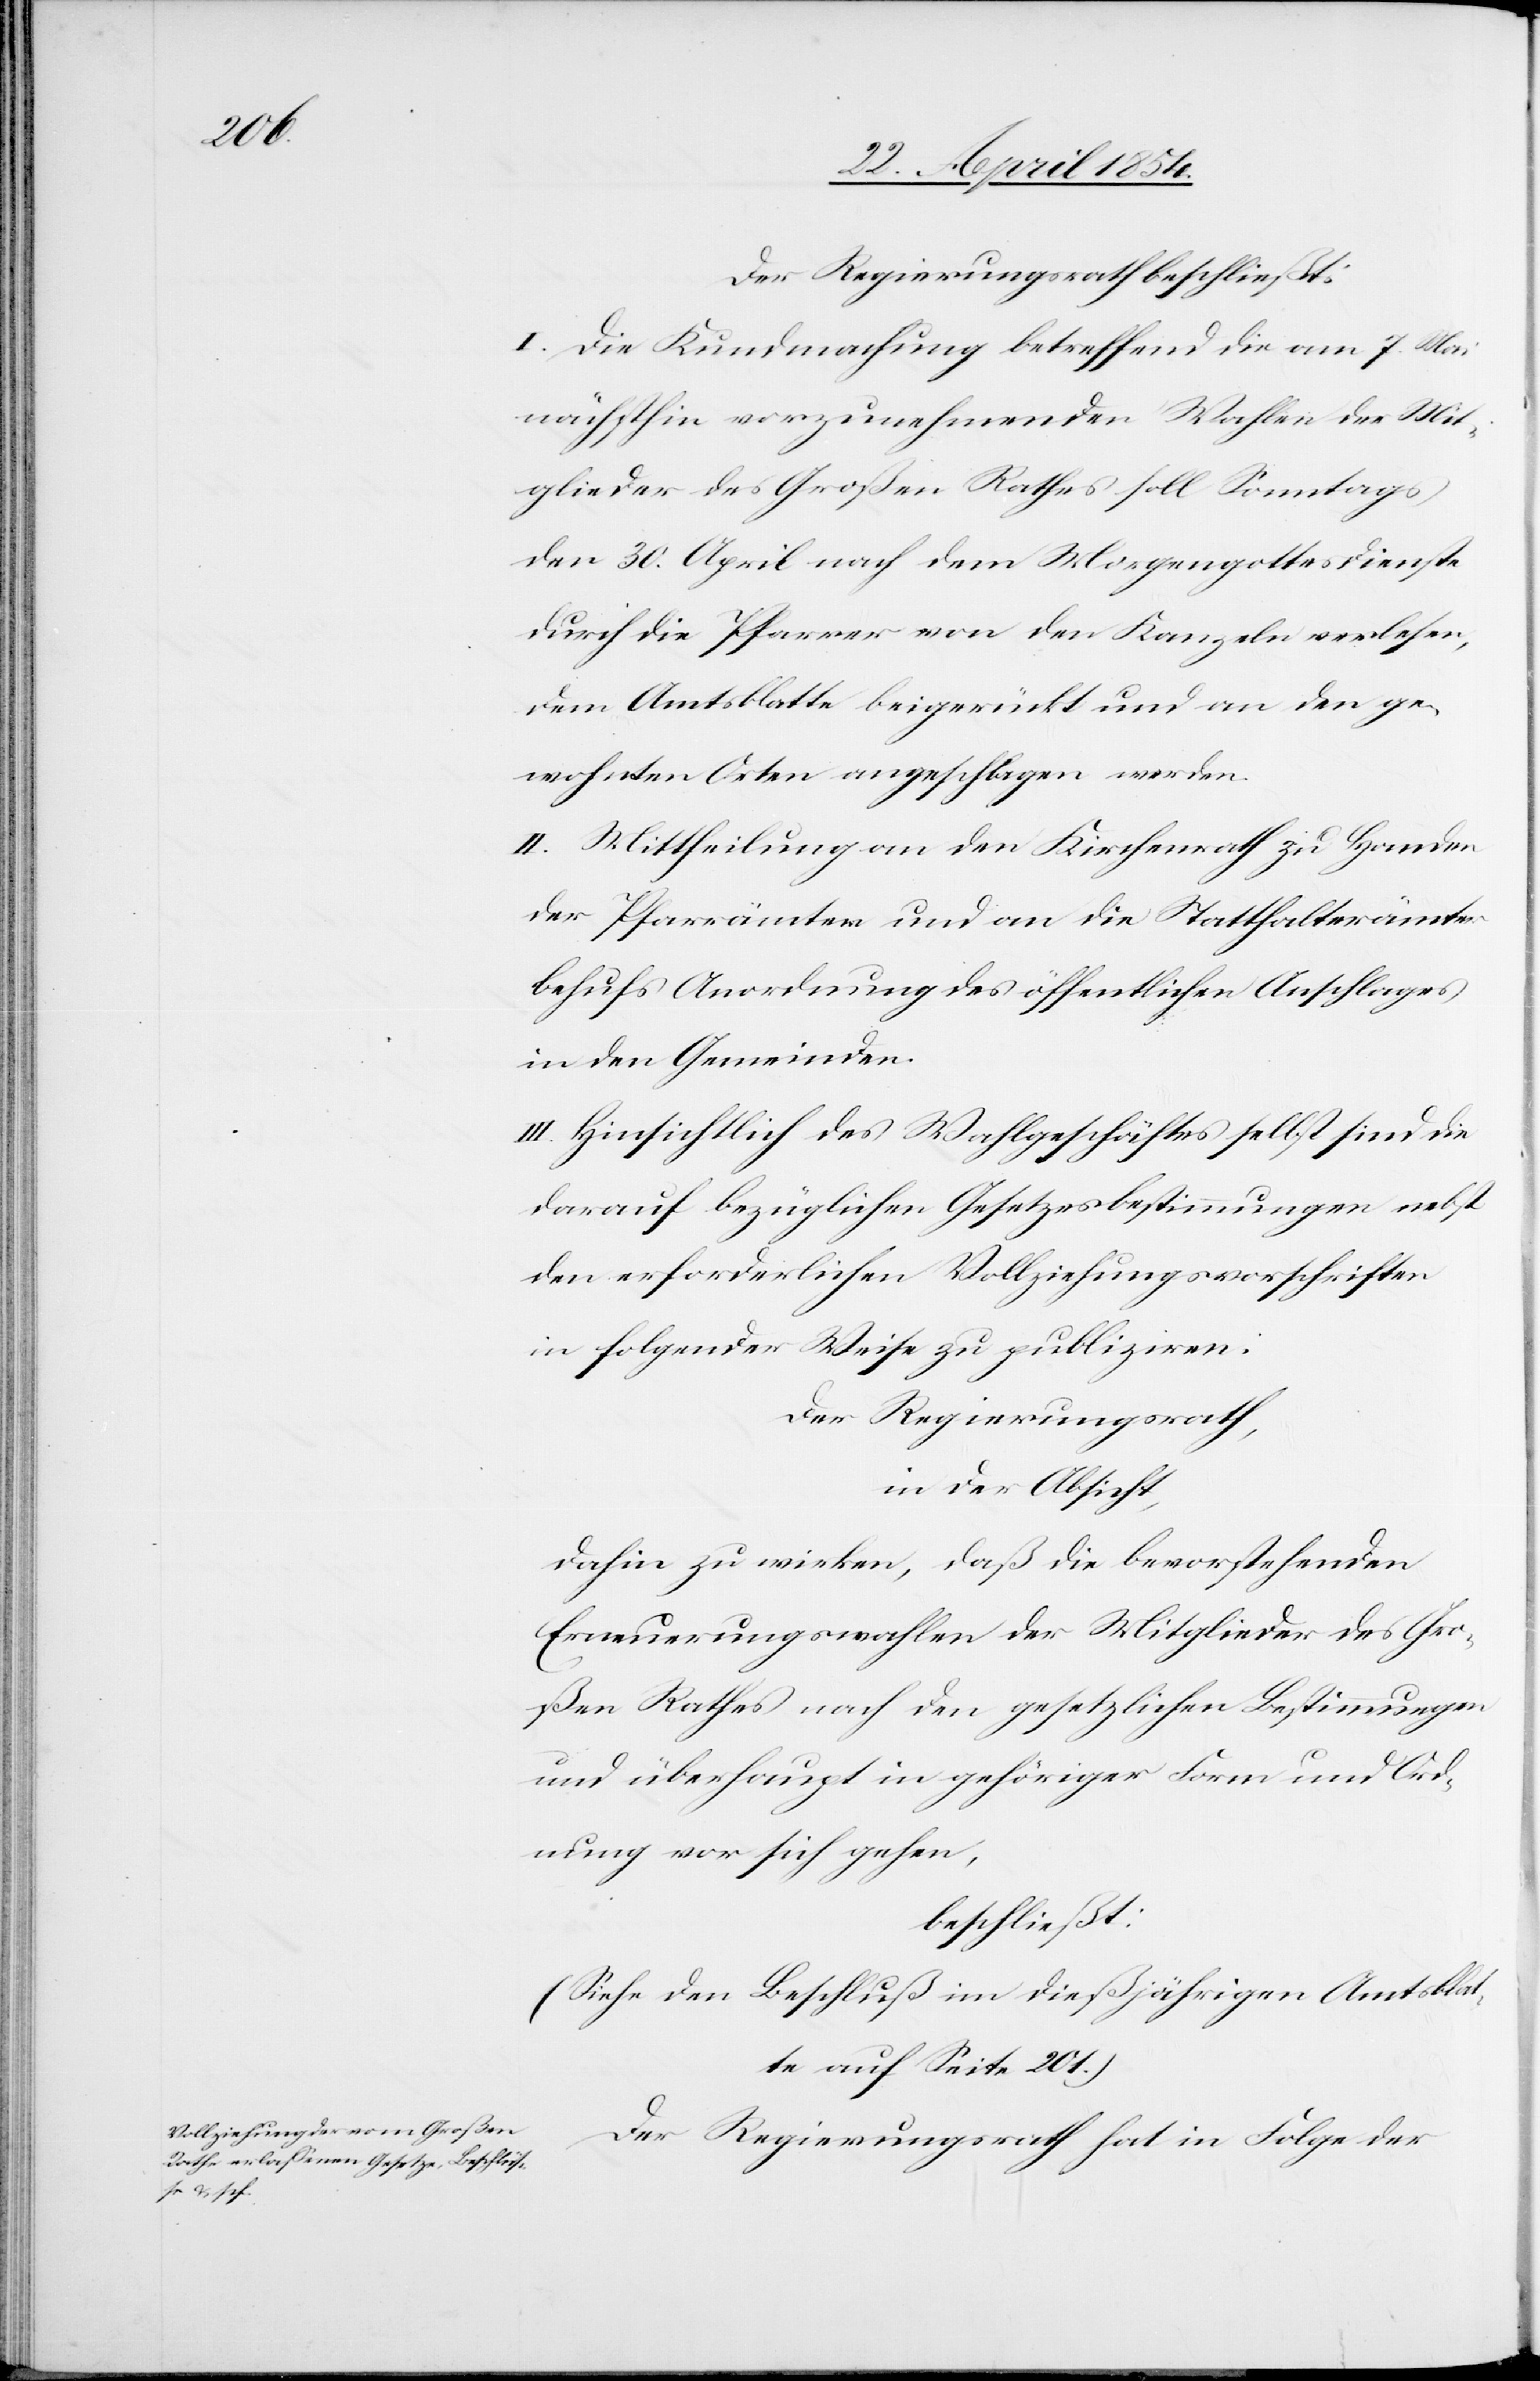
Der Regierungsrath beschließt:
I. Die Kundmachung betreffend die am 7. Mai
nächsthin vorzunehmenden Wahlen der Mit¬
glieder des Großen Rathes soll Sonntags
den 30. April nach dem Morgengottesdienste
durch die Pfarrer von den Kanzeln verlesen,
dem Amtsblatte beigerückt und an den ge¬
wohnten Orten angeschlagen werden.
II. Mittheilung an den Kirchenrath zu Handen
der Pfarrämter und an die Statthalterämter
behufs Anordnung des öffentlichen Anschlages
in den Gemeinden.
III. Hinsichtlich des Wahlgeschäftes selbst sind die
darauf bezüglichen Gesetzesbestimmungen nebst
den erforderlichen Vollziehungsvorschriften
in folgender Weise zu publiziren:
Der Regierungsrath,
in der Absicht,
dahin zu wirken, daß die bevorstehenden
Erneuerungswahlen der Mitglieder des Gro¬
ßen Rathes nach den gesetzlichen Bestimmungen
und überhaupt in gehöriger Form und Ord¬
nung vor sich gehen:
beschließt:
(Siehe den Beschluß im dießjährigen Amtsblat¬
te auf Seite 201.)
Der Regierungsrath hat in Folge der